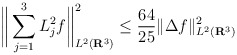
\begin{align*} \bigg\| \sum_{j=1}^3 L_j^2f \bigg\|_{L^2(\mathbf{R}^3)}^2 \leq \frac{64}{25} \|\Delta f\|^{2}_{L^2(\mathbf{R}^3)}\end{align*}